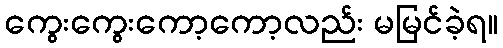
ကွေးကွေးကော့ကော့လည်း မမြင်ခဲ့ရ။